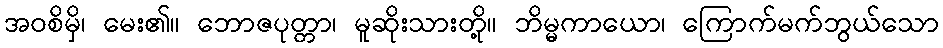
အဝစိမှိ၊ မေး၏။ ဘောဇပုတ္တာ၊ မူဆိုးသားတို့။ ဘိမ္မကာယော၊ ကြောက်မက်ဘွယ်သော